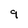
Character: 9